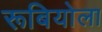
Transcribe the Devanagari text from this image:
रूबियोला